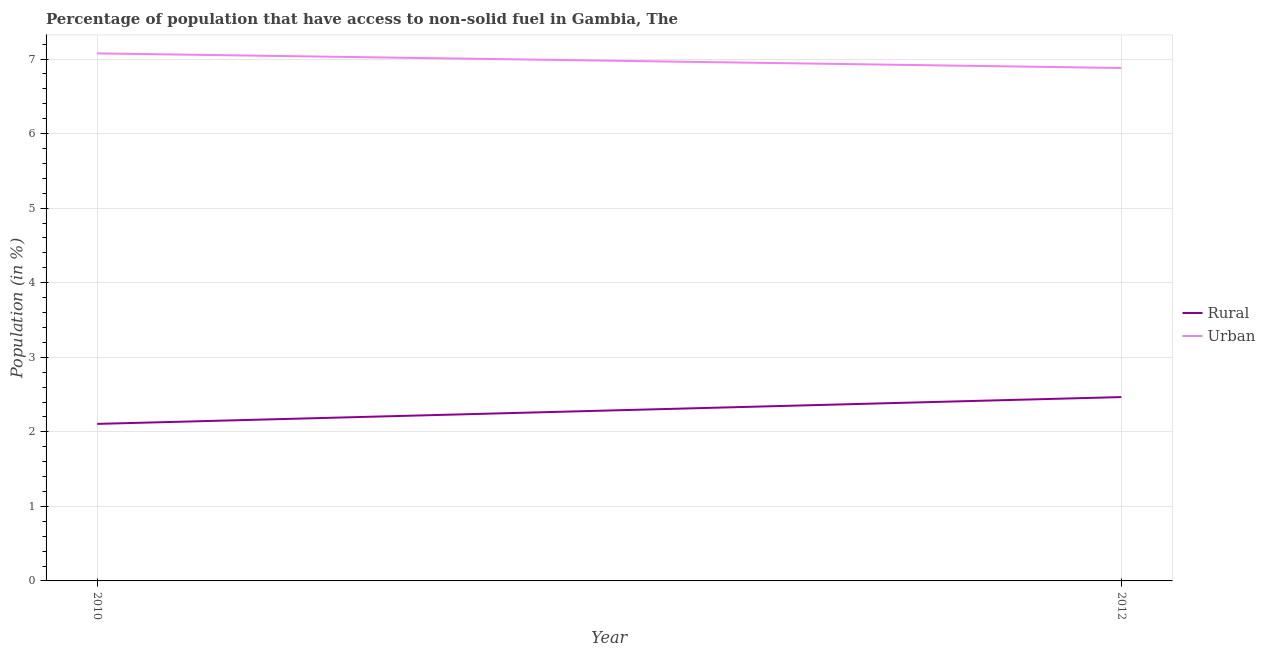
| Year | Rural | Urban |
 | --- | --- | --- |
 | 2010 | 2.11 | 7.08 |
 | 2012 | 2.47 | 6.88 |